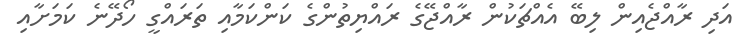
އަދި ރާއްޖެއިން ލިބޭ އެއްޗަކުން ރާއްޖޭގެ ރައްޔިތުންގެ ކަންކަމާއި ތަރައްގީ ހޯދޭނެ ކަމަށާއި